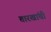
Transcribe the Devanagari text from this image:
तारखांची